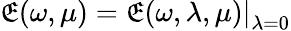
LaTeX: \mathfrak{E}(\omega,\mu)=\left.\mathfrak{E}(\omega,\lambda,\mu)\right|_{\lambda=0}